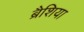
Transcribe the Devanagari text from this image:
ब्रैशिया